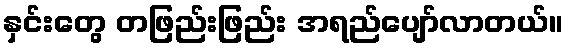
နှင်းတွေ တဖြည်းဖြည်း အရည်ပျော်လာတယ်။